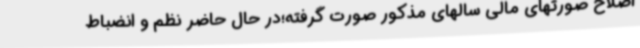
اصلاح صورتهای مالی سالهای مذکور صورت گرفته؛در حال حاضر نظم و انضباط